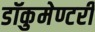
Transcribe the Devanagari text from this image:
डॉकुमेण्टरी